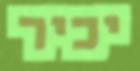
יכיר